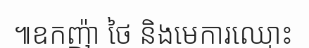
៕ឧកញ៉ា ថៃ និងមេការឈ្មោះ